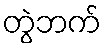
တွဲဘက်